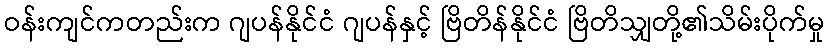
ဝန်းကျင်ကတည်းက ဂျပန်နိုင်ငံ ဂျပန်နှင့် ဗြိတိန်နိုင်ငံ ဗြိတိသျှတို့၏သိမ်းပိုက်မှု